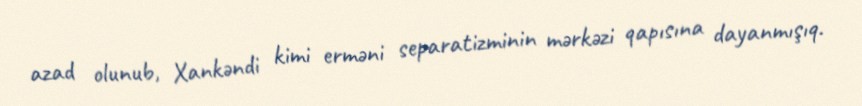
azad olunub, Xankəndi kimi erməni separatizminin mərkəzi qapısına dayanmışıq.